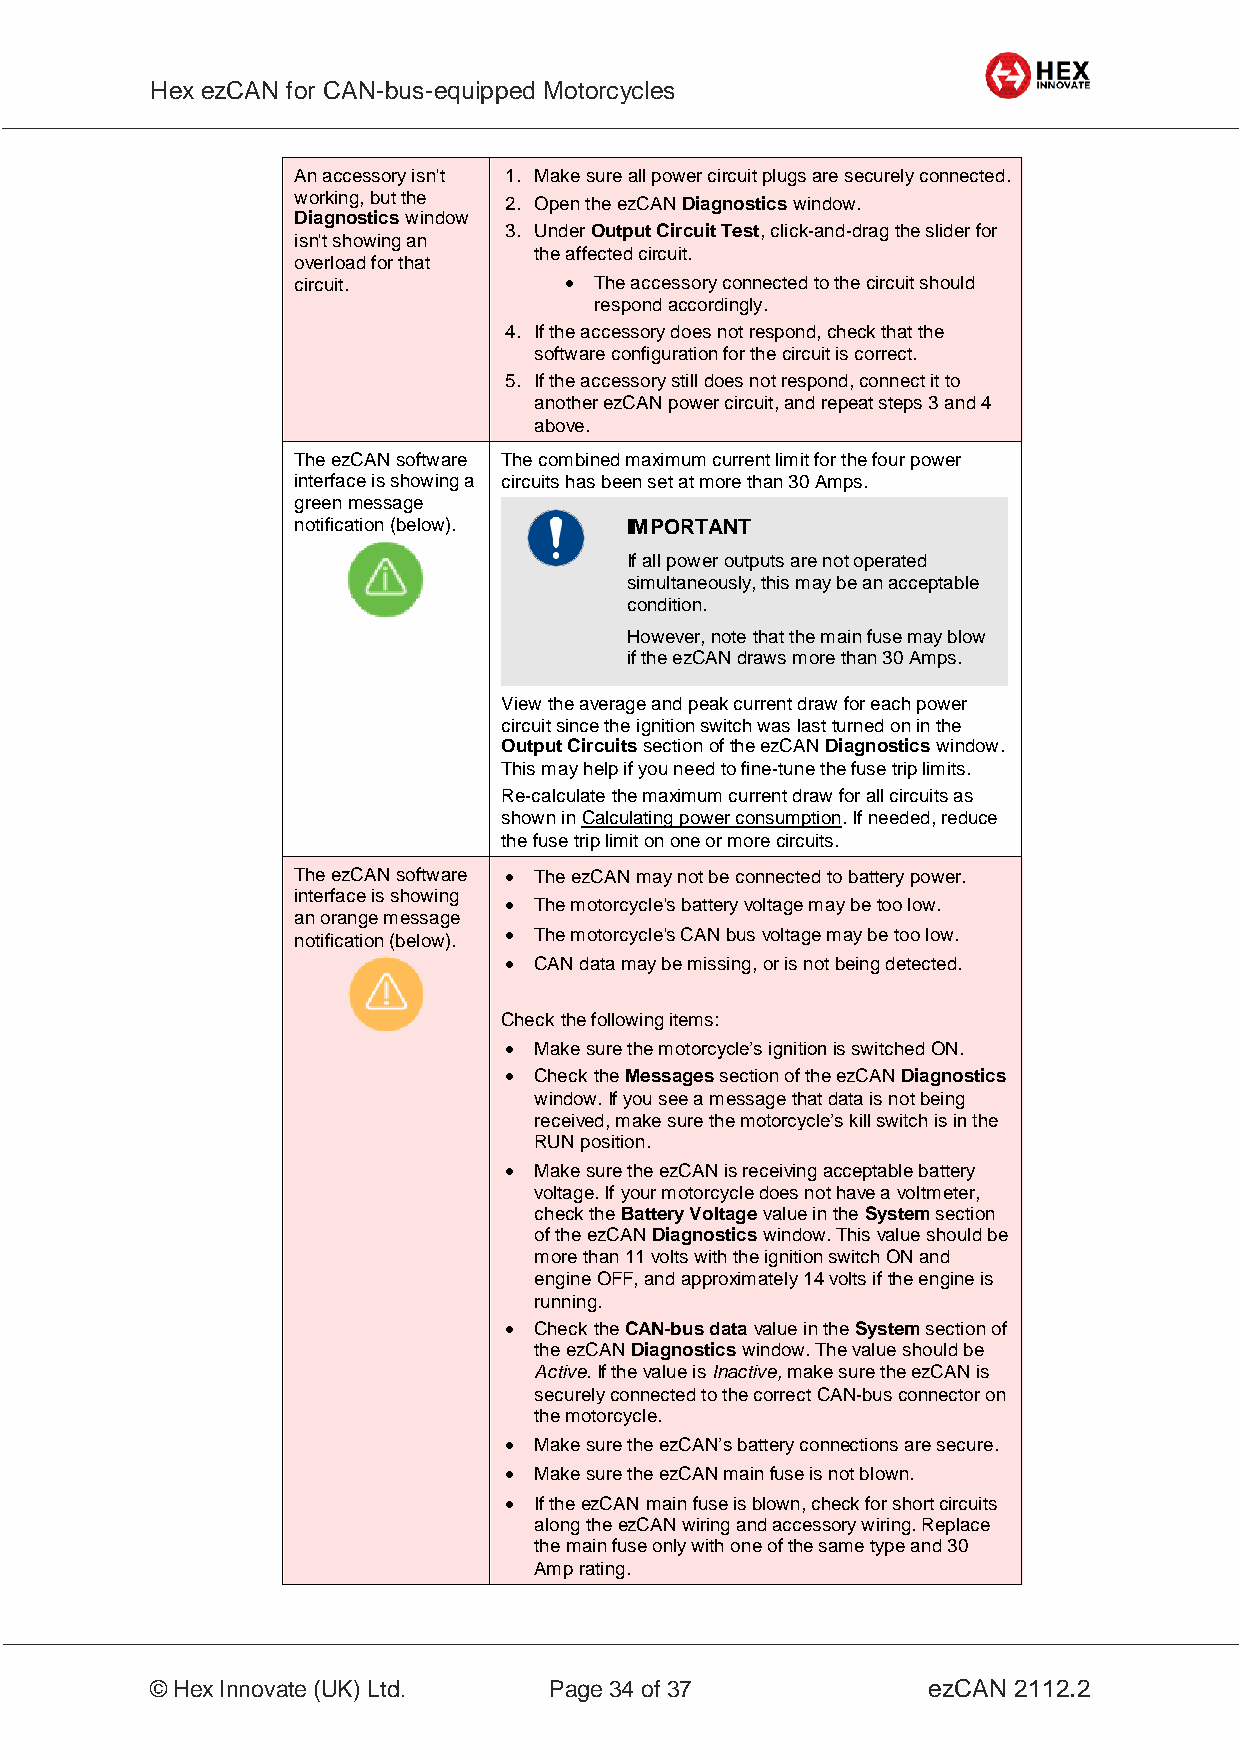
Hex ezCAN for CAN-bus-equipped Motorcycles
 _________________________________________________________________________________________________
 An accessory isn't 1. Make sure all power circuit plugs are securely connected.
 working, but the 2. Open the ezCAN Diagnostics window.
 Diagnostics window
 3. Under Output Circuit Test, click-and-drag the slider for
 isn't showing an
 the affected circuit.
 overload for that
 circuit.           The accessory connected to the circuit should
 respond accordingly.
 4. If the accessory does not respond, check that the
 software configuration for the circuit is correct.
 5. If the accessory still does not respond, connect it to
 another ezCAN power circuit, and repeat steps 3 and 4
 above.
 The ezCAN software The combined maximum current limit for the four power
 interface is showing a circuits has been set at more than 30 Amps.
 green message
 notification (below). IMPORTANT
 If all power outputs are not operated
 simultaneously, this may be an acceptable
 condition.
 However, note that the main fuse may blow
 if the ezCAN draws more than 30 Amps.
 View the average and peak current draw for each power
 circuit since the ignition switch was last turned on in the
 Output Circuits section of the ezCAN Diagnostics window.
 This may help if you need to fine-tune the fuse trip limits.
 Re-calculate the maximum current draw for all circuits as
 shown in Calculating power consumption. If needed, reduce
 the fuse trip limit on one or more circuits.
 The ezCAN software  The ezCAN may not be connected to battery power.
 interface is showing
  The motorcycle's battery voltage may be too low.
 an orange message
 notification (below).  The motorcycle's CAN bus voltage may be too low.
  CAN data may be missing, or is not being detected.
 Check the following items:
  Make sure the motorcycle’s ignition is switched ON.
  Check the Messages section of the ezCAN Diagnostics
 window. If you see a message that data is not being
 received, make sure the motorcycle’s kill switch is in the
 RUN position.
  Make sure the ezCAN is receiving acceptable battery
 voltage. If your motorcycle does not have a voltmeter,
 check the Battery Voltage value in the System section
 of the ezCAN Diagnostics window. This value should be
 more than 11 volts with the ignition switch ON and
 engine OFF, and approximately 14 volts if the engine is
 running.
  Check the CAN-bus data value in the System section of
 the ezCAN Diagnostics window. The value should be
 Active. If the value is Inactive, make sure the ezCAN is
 securely connected to the correct CAN-bus connector on
 the motorcycle.
  Make sure the ezCAN’s battery connections are secure.
  Make sure the ezCAN main fuse is not blown.
  If the ezCAN main fuse is blown, check for short circuits
 along the ezCAN wiring and accessory wiring. Replace
 the main fuse only with one of the same type and 30
 Amp rating.
 _________________________________________________________________________________________________
 © Hex Innovate (UK) Ltd.  Page 34 of 37            ezCAN 2112.2